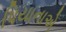
પિયાનાએ